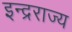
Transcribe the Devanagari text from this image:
इन्द्रराज्य